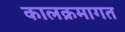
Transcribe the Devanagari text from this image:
कालक्रमागत